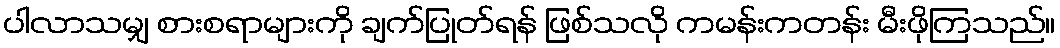
ပါလာသမျှ စားစရာများကို ချက်ပြုတ်ရန် ဖြစ်သလို ကမန်းကတန်း မီးဖိုကြသည်။